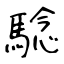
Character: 騐